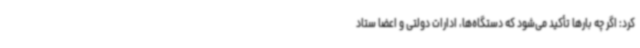
کرد: اگر چه بارها تأکید می‌شود که دستگاه‌ها، ادارات دولتی و اعضا ستاد